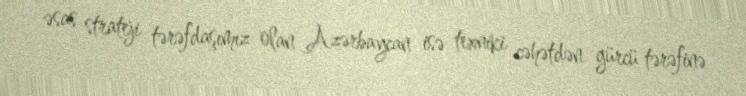
əsas strateji tərəfdaşımız olan Azərbaycan isə texniki cəhətdən gürcü tərəfinə